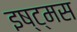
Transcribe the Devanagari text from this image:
इष्ट्मस